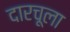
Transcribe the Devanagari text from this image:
दारचूला